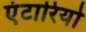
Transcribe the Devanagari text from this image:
एंटारियो